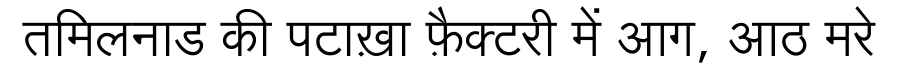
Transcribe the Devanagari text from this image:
तमिलनाड की पटाख़ा फ़ैक्टरी में आग, आठ मरे